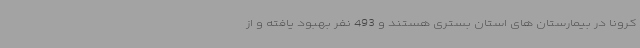
کرونا در بیمارستان های استان بستری هستند و 493 نفر بهبود یافته و از